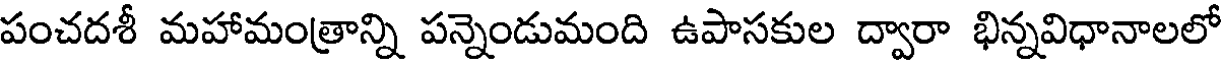
పంచదశీ మహామంత్రాన్ని పన్నెండుమంది ఉపాసకుల ద్వారా భిన్నవిధానాలలో